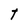
Character: t